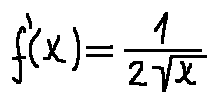
f ^ { \prime } ( x ) = \frac { 1 } { 2 \sqrt { x } }